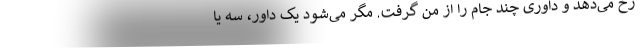
رخ می‌دهد و داوری چند جام را از من گرفت. مگر می‌شود یک داور، سه یا